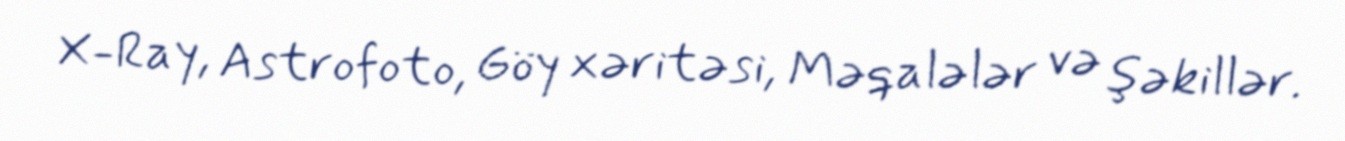
X-Ray, Astrofoto, Göy xəritəsi, Məqalələr və şəkillər.